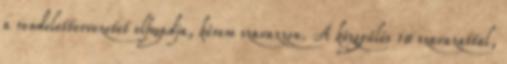
a rendelettervezetet elfogadja, kérem szavazzon. A közgyűlés 18 szavazattal,